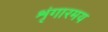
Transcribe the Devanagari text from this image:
शृंगारमय